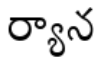
ర్యాన